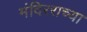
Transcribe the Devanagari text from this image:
मंदिरराच्या